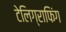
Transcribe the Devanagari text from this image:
टेलिग्राफिंग